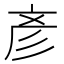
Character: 彥